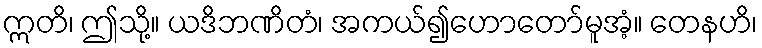
ဣတိ၊ ဤသို့။ ယဒိဘဏိတံ၊ အကယ်၍ဟောတော်မူအံ့။ တေနဟိ၊